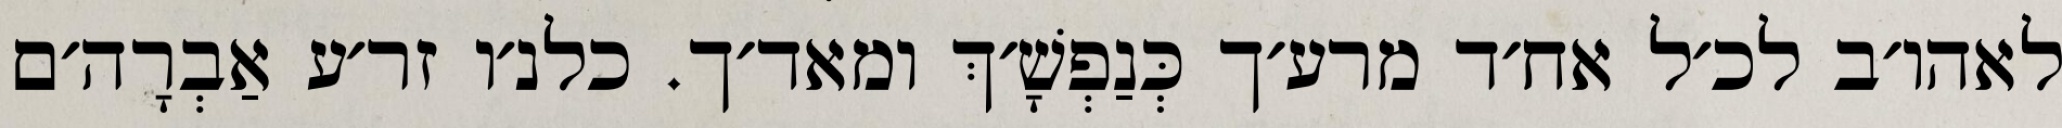
לאהו׳ב לכ׳ל אח׳ד מרע׳ך כְּנַפְשָׁ׳ךְ ומאד׳ך. כלנ׳ו זר׳ע אַבְרָה׳ם